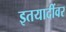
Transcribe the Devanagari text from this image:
इतयादींवर